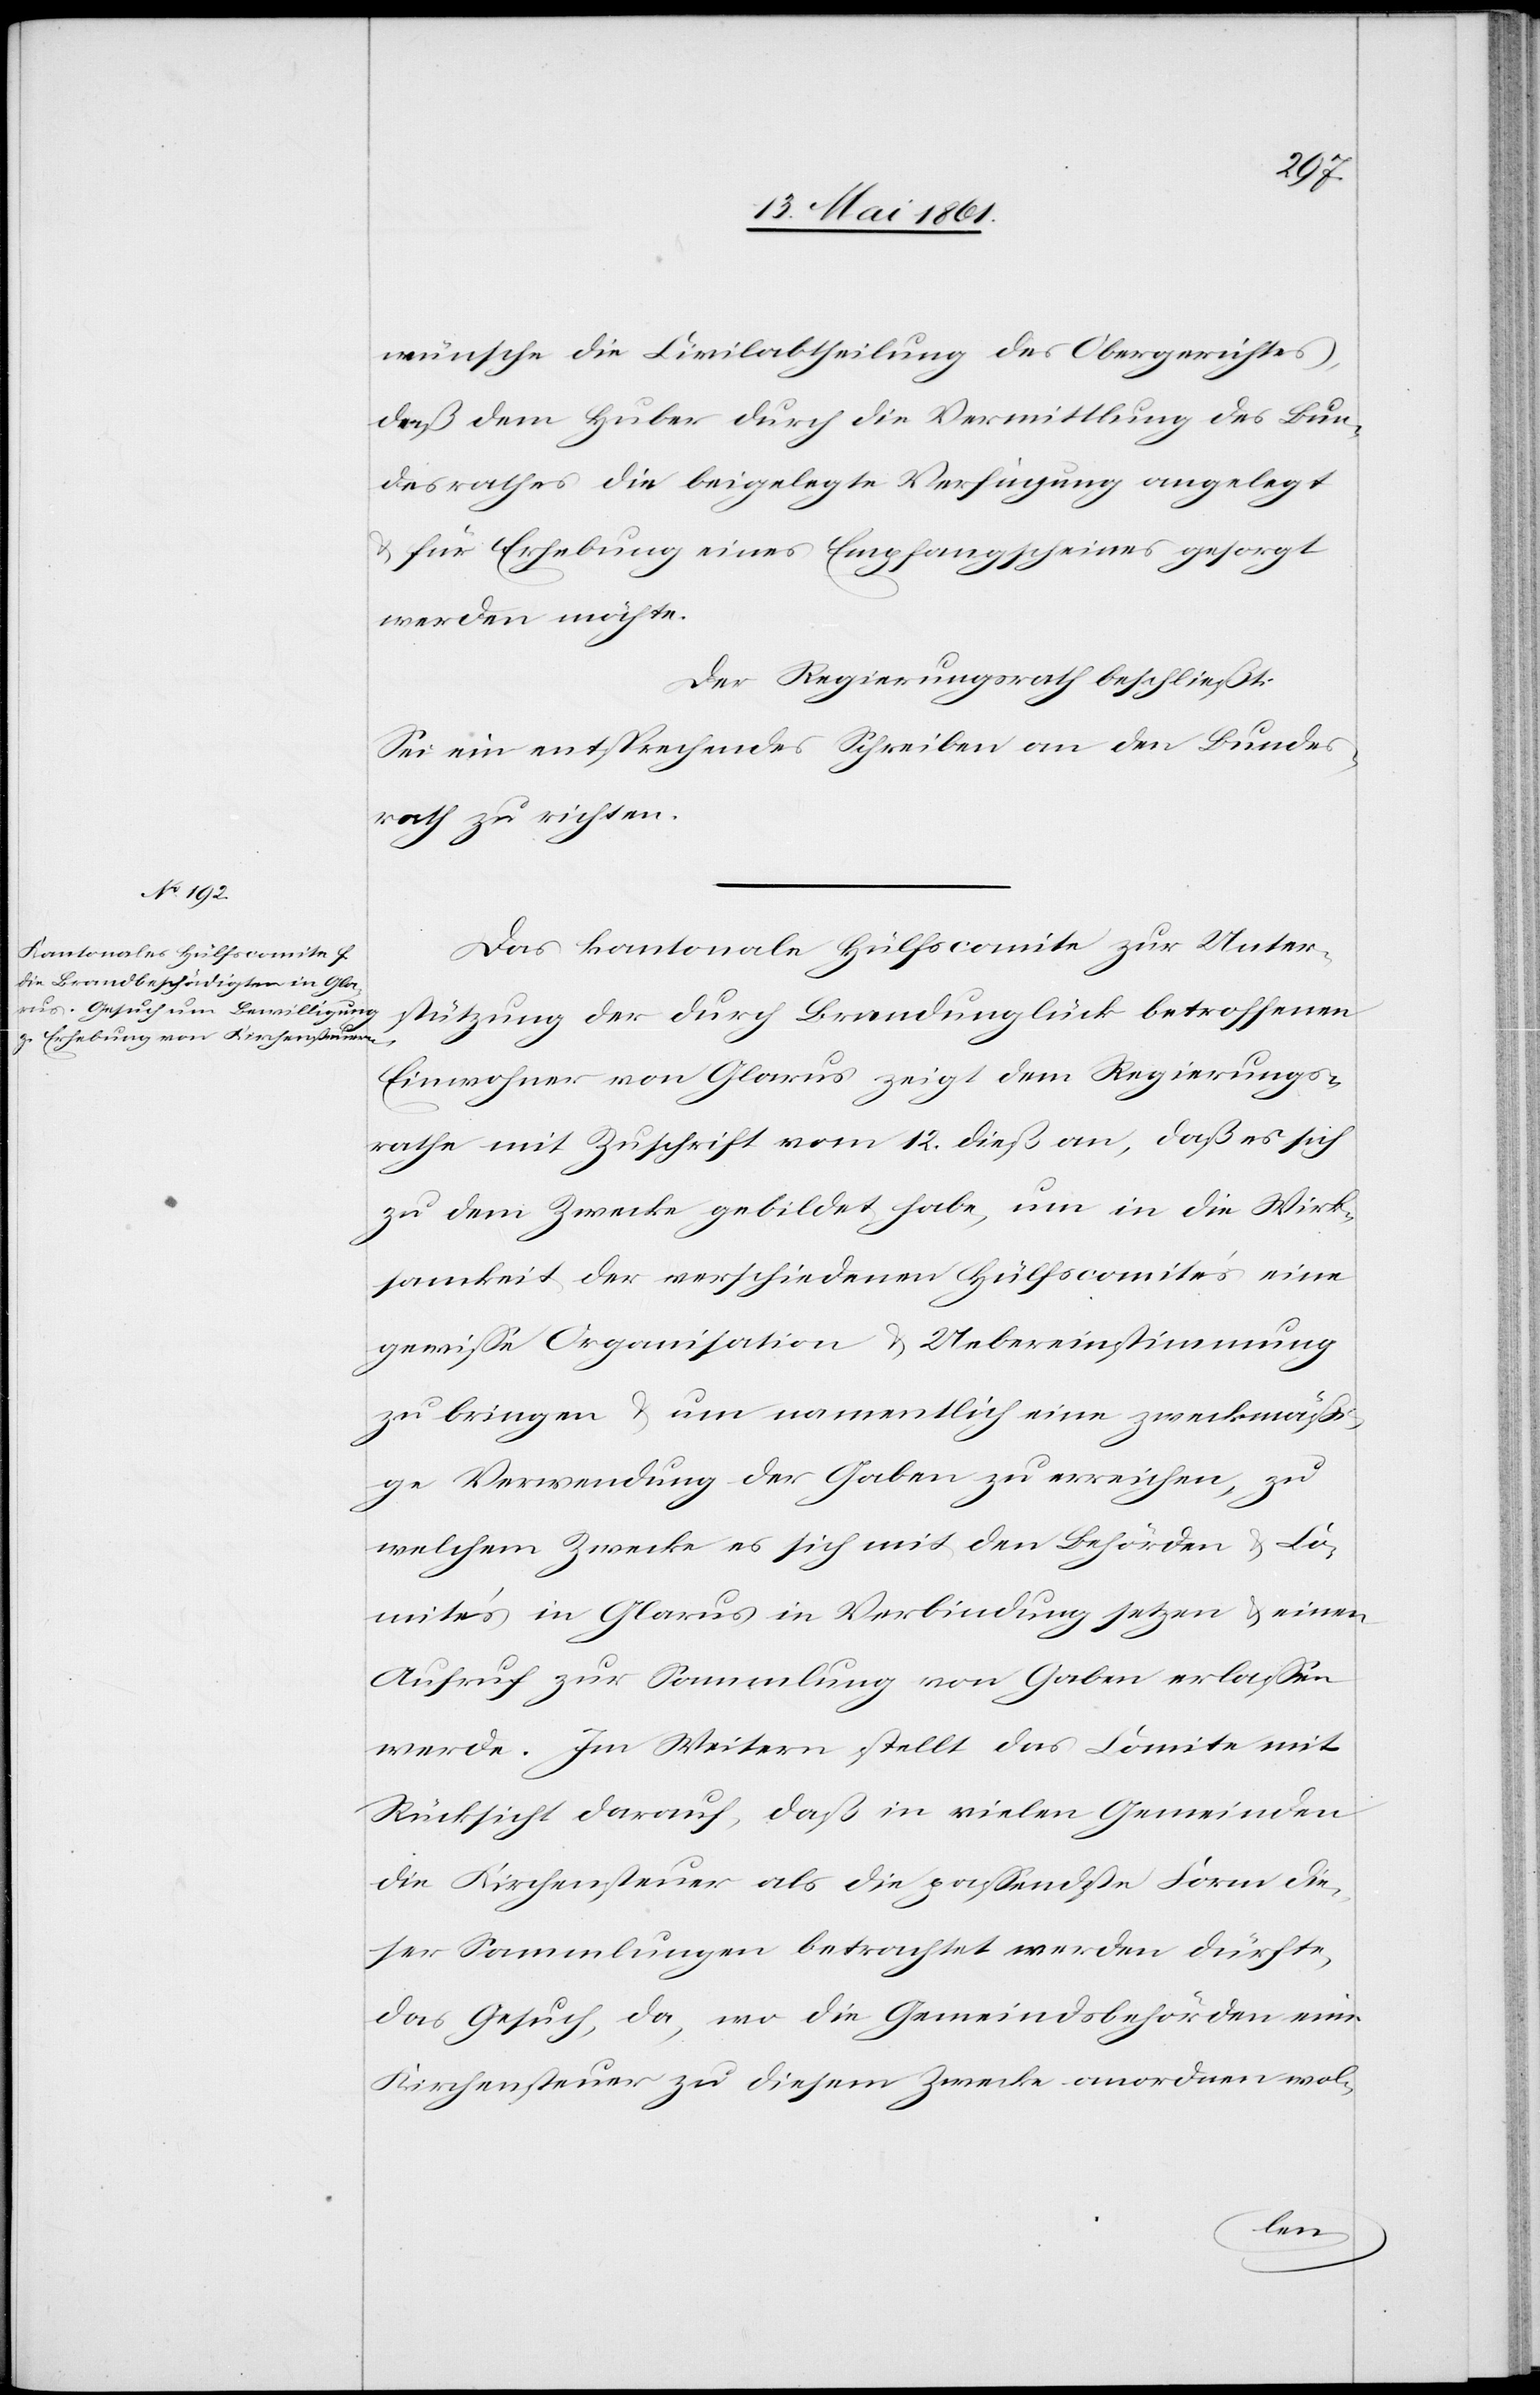
wünsche die Civilabtheilung des Obergerichtes,
daß dem Huber durch die Vermittlung des Bun¬
desrathes die beigelegte Verfügung angelegt
u. für Erhebung eines Empfangscheines gesorgt
werden möchte.
Der Regierungsrath beschließt:
Sei ein entsprechendes Schreiben an den Bundes¬
rath zu richten.
Das kantonale Hülfscomite zur Unter¬
stützung der durch Brandunglück betroffenen
Einwohner von Glarus zeigt dem Regierungs¬
rathe mit Zuschrift vom 12. dieß an, daß es sich
zu dem Zwecke gebildet habe, um in die Wirk¬
samkeit der verschiedenen Hülfscomite’s eine
gewisse Organisation u. Uebereinstimmung
zu bringen u. um namentlich eine zweckmässi¬
ge Verwendung der Gaben zu erreichen, zu
welchem Zwecke es sich mit den Behörden u. Co¬
mite’s in Glarus in Verbindung setzen u. einen
Aufruf zur Sammlung von Gaben erlassen
werde. Im Weitern stellt das Comite mit
Rücksicht darauf, daß in vielen Gemeinden
die Kirchensteuer als die passendste Form die¬
ser Sammlungen betrachtet werden dürfte,
das Gesuch, da, wo die Gemeindsbehörden eine
Kirchensteuer zu diesem Zwecke anordnen wol-